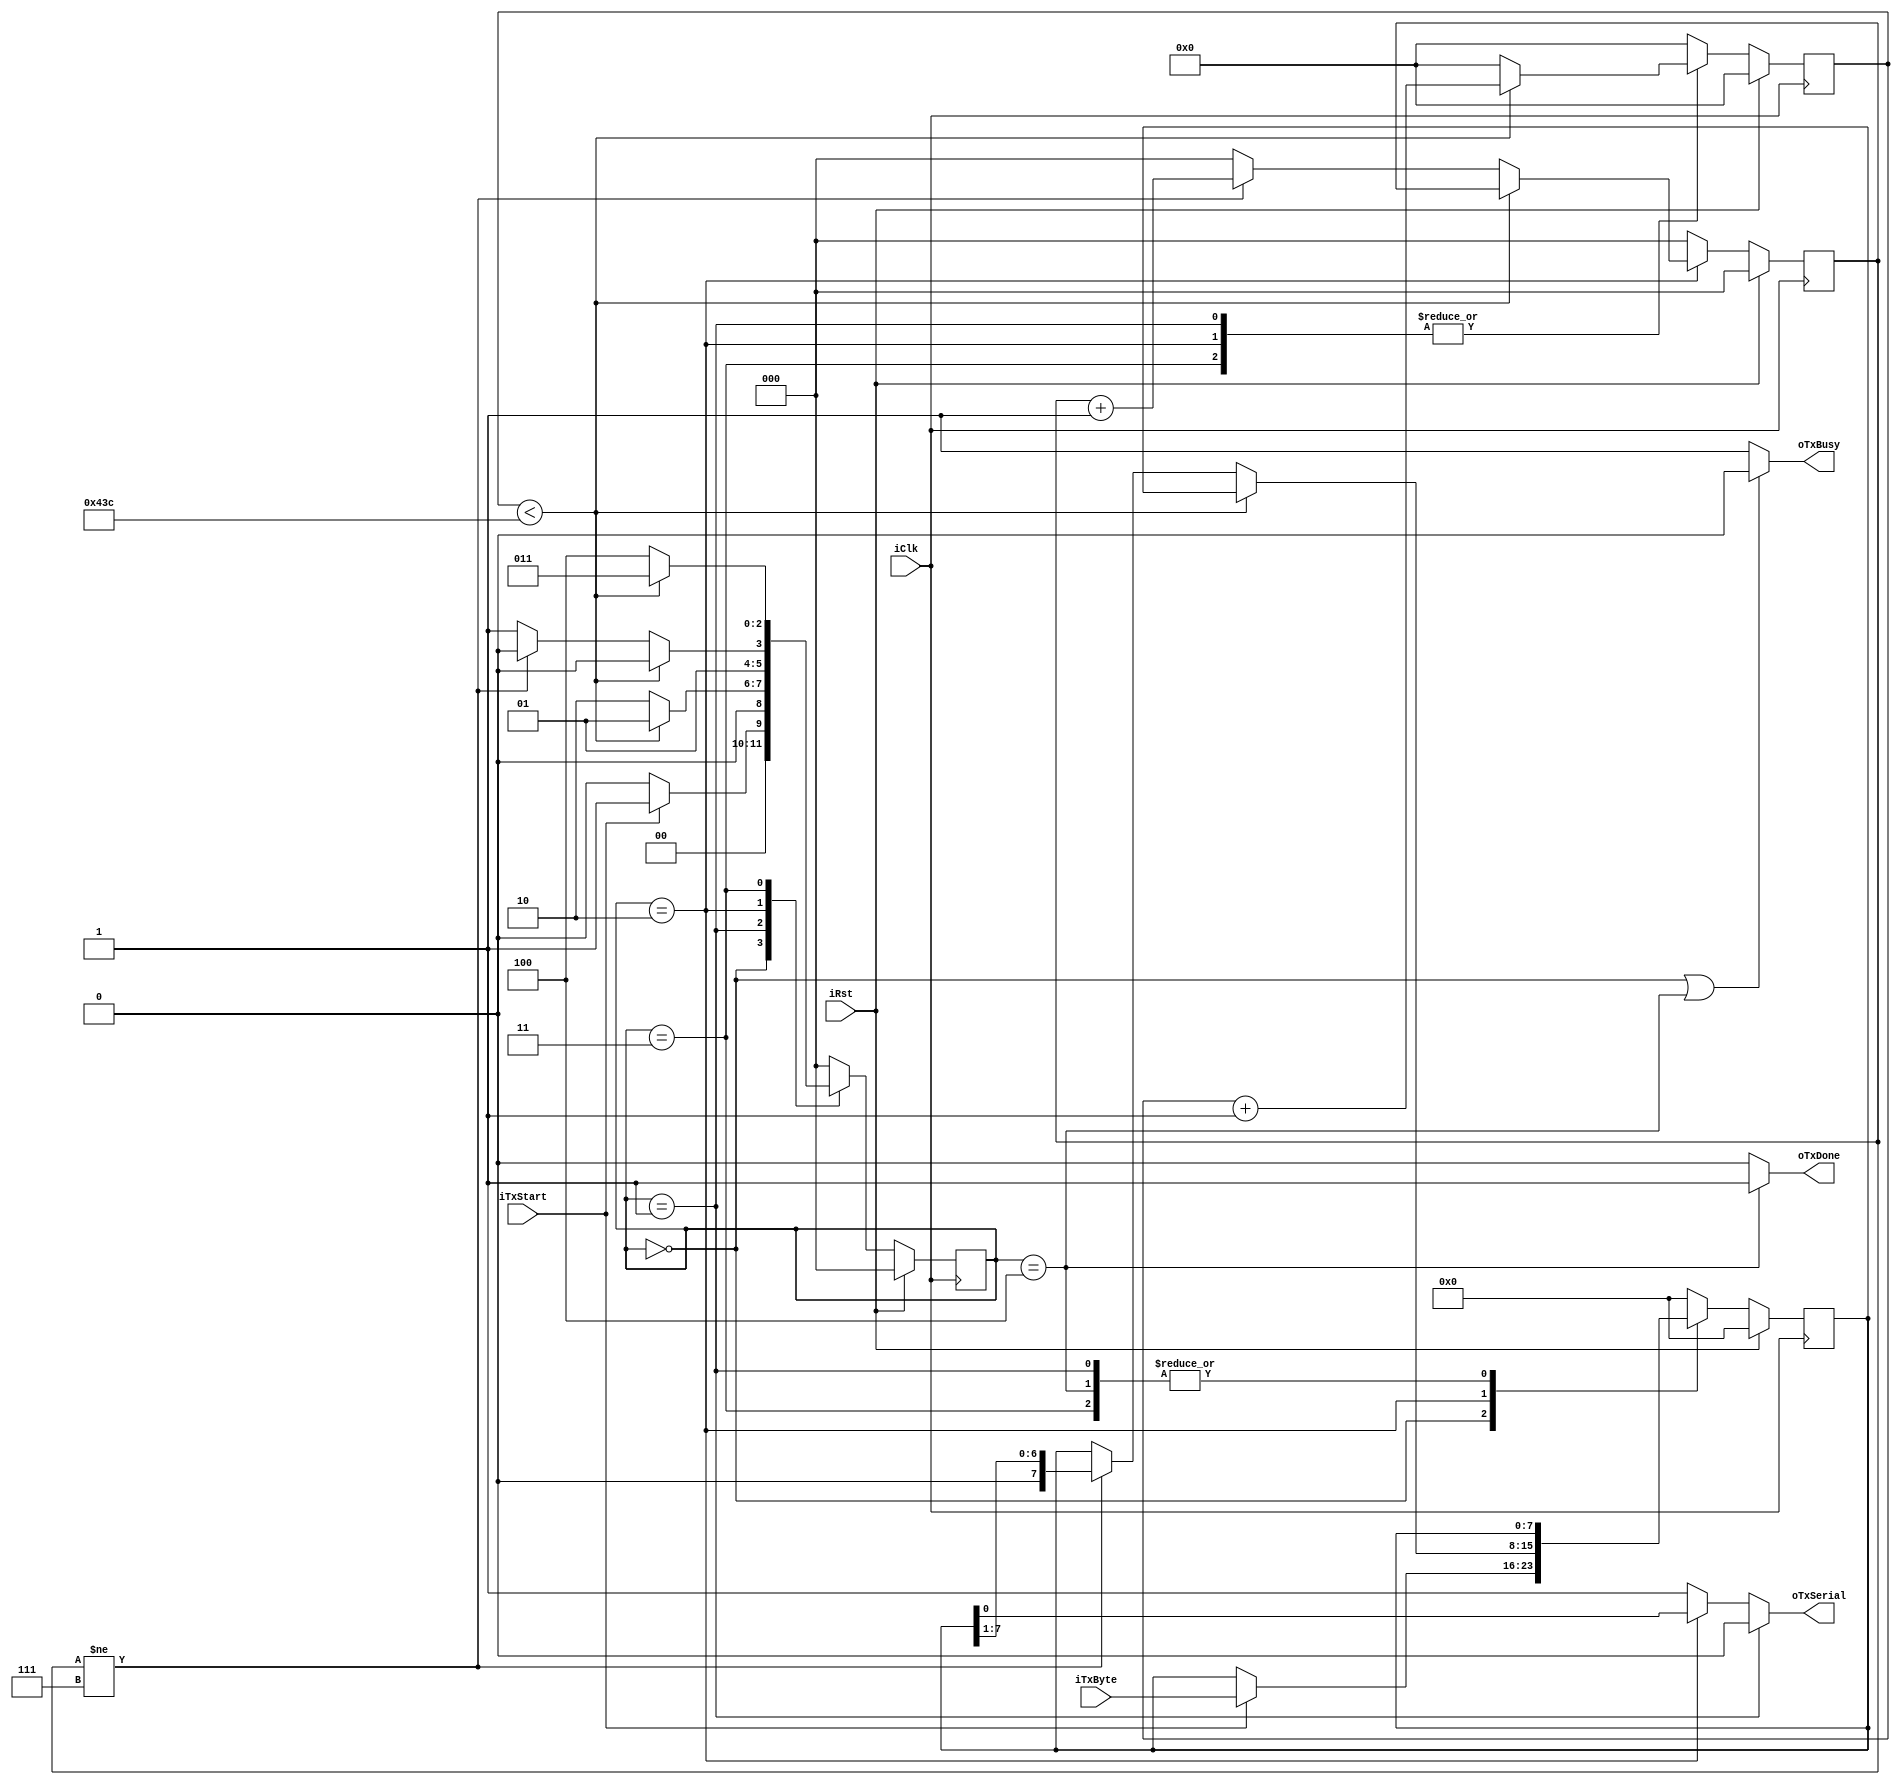
`timescale 1ns / 1ps

module uart_tx #(
    parameter   CLK_FREQ      = 125_000_000,
    parameter   BAUD_RATE     = 115_200,
    // Example: 125 MHz Clock / 115200 baud UART -> CLKS_PER_BIT = 1085 
    parameter   CLKS_PER_BIT  = CLK_FREQ / BAUD_RATE
  )
  (
   input wire       iClk, iRst,
   input wire       iTxStart,
   input wire [7:0] iTxByte, 
   output wire      oTxSerial,
   output wire      oTxBusy,
   output wire      oTxDone
   );
  
  // State definition  
  localparam sIDLE         = 3'b000;
  localparam sTX_START     = 3'b001;
  localparam sTX_DATA      = 3'b010;
  localparam sTX_STOP      = 3'b011;
  localparam sDONE         = 3'b100;
  
  // Register variables required to drive the FSM
  //---------------------------------------------
  // Remember:  -> 'current' is the register output
  //            -> 'next' is the register input
  
  // -> FSM state
  reg [2:0] rFSM_Current, wFSM_Next; 
  
  // -> counter to keep track of the clock cycles
  reg [$clog2(CLKS_PER_BIT):0]   rCnt_Current, wCnt_Next;
    
  // -> counter to keep track of sent bits
  // (between 0 and 7)
  reg [2:0] rBit_Current, wBit_Next;
  
  // -> the byte we want to send (we store an internal copy)
  reg [7:0] rTxData_Current, wTxData_Next;
  
  
  // Describe all previous registers
  //------------------------------------------ 
  // Needs to be done with a clocked always block 
  // Don't forget the synchronous reset (default state)
  
  always @(posedge iClk)
  begin
    if (iRst==1)
      begin
        rFSM_Current <= sIDLE;
        rCnt_Current <= 0;
        rBit_Current <= 0;
        rTxData_Current <= 0;
      end
    else
      begin
        rFSM_Current <= wFSM_Next;
        rCnt_Current <= wCnt_Next;
        rBit_Current <= wBit_Next;
        rTxData_Current <= wTxData_Next;
      end
  end
  
  // Next state logic
  //------------------------------------------ 
  // -> this is a COMBINATIONAL module, which specifies the next state 
  //    of the FSM and also the next value of the previous registers
  // -> to AVOID LATCHES, you need to make sure all the next register values
  //    ( rFSM_Next, rCnt_Next, rBit_Next, rTxData_Next)
  //    are defined for every possible condition
     
  always @(*)
    begin
      
      case (rFSM_Current)
      
        // IDLE STATE:
        // -> we simply wait here until iTxStart is asserted
        // -> when iTxStart is asserted, we copy the byte to send
        //    (iTxByte) into our local register (rTxData_Current)  
        //    and we are ready to start the frame transmission    
        sIDLE :
          begin
            wCnt_Next = 0;
            wBit_Next = 0;
             
            if (iTxStart == 1)
              begin
                wFSM_Next = sTX_START;
                wTxData_Next = iTxByte;//56 in this case   // copy the byte to send into rTxData_Current
              end
            else
             begin    
                wFSM_Next = sIDLE;
                wTxData_Next = rTxData_Current;
             end
          end 
           
        // TX_START STATE:
        // -> we stay here for the duration of the start bit,
        //    which takes CLKS_PER_BIT clock cycles
        // -> we use rCnt_Current to keep track of clock cycles 
        sTX_START :
            begin
              wTxData_Next = rTxData_Current;
              wBit_Next = 0;
               
              if (rCnt_Current < (CLKS_PER_BIT - 1) )
                begin
                  wFSM_Next = sTX_START;
                  wCnt_Next = rCnt_Current + 1;
                end
              else
                begin
                  wFSM_Next = sTX_DATA;
                  wCnt_Next = 0;
                end
            end 
           
           
          // TX_DATA STATE:
          // -> we stay here for the duration of the byte sending,
          //    which takes 8 * CLKS_PER_BIT clock cycles     
          // -> we use rCnt_Current to keep track of clock cycles 
          // -> we use rBit_Current to keep track of number of bits
        
          // -> when rBit_Current increases, we shift the contents of the
          //    rTxData_Current register
          // -> why? by doing so, the LSB of rTxData_Current contains the
          //    bit we need to send
          // -> see below, where oTxSerial is assigned the value of rTxData_Current[0]
          
          sTX_DATA :
            begin
              
              if (rCnt_Current < (CLKS_PER_BIT - 1) )
                begin
                  wFSM_Next = sTX_DATA;
                  wCnt_Next = rCnt_Current + 1;
                  wTxData_Next = rTxData_Current;
                  wBit_Next = rBit_Current;
                end
              else
                begin
                  wCnt_Next = 0;
                  
                  if (rBit_Current != 7)
                    begin
                      wFSM_Next = sTX_DATA;
                      wBit_Next = rBit_Current + 1;
                      wTxData_Next = { 1'b0, rTxData_Current[7:1] }; // shift rTxData_Current one bit to the right
                    end
                  else
                    begin
                      wFSM_Next = sTX_STOP;
                      wBit_Next = 0;
                      wTxData_Next = rTxData_Current;
                    end
                end
            end  
            
           
          // TX_STOP STATE:
          // -> we stay here for the duration of the stop bit,
          //    which takes CLKS_PER_BIT clock cycles
          // -> we use rCnt_Current to keep track of clock cycles 
          sTX_STOP :
            begin
              wTxData_Next = rTxData_Current;
              wBit_Next = 0;
               
              if (rCnt_Current < (CLKS_PER_BIT - 1) )
                begin
                  wFSM_Next = sTX_STOP;
                  wCnt_Next = rCnt_Current + 1;
                end
              else
                begin
                  wFSM_Next = sDONE;
                  wCnt_Next = 0;
                end
            end 
           
           
          // DONE STATE:
          // -> we stay here 1 clock cycle, we will use this state
          //    to assert the output oDone 
          sDONE :
            begin
              wTxData_Next = rTxData_Current;
              wBit_Next = 0;
              wCnt_Next = 0;
              wFSM_Next = sIDLE;
            end
           
           
          default :
            begin
              wFSM_Next = sIDLE;
              wCnt_Next = 0;
              wBit_Next = 0;
              wTxData_Next = 0;
            end 
        endcase
    end
 
  // 3. Output logic
  //------------------------------------------ 
  // -> these are COMBINATIONAL circuits, which specify the value of
  //    the outputs, based on the current state of the registers used
  //    in the FSM
  
  
  // Output oTxSerial : easiest is to define it with a combinational
  //  always block
  //  -> it is '1' by default
  //  -> it is '0' during the start bit
  //  -> it is rTxData_Current[0] during the sending of bits
  //  -> it is '1' during the stop bit
  reg rTxSerial;
  
  always @(*)
  begin
    if (rFSM_Current == sTX_START)
      rTxSerial = 0;
    else if (rFSM_Current == sTX_DATA)
      rTxSerial = rTxData_Current[0];
    else
      rTxSerial = 1;
  end
  
  assign oTxSerial = rTxSerial;
  
  // Output oTxBusy : easiest is to define it with a simple
  // continuous assignment
  //  -> it is '0' when FSM in sIDLE or sDONE
  //  -> it is '1' otherwise
  
  assign oTxBusy = ( (rFSM_Current == sIDLE) || (rFSM_Current == sDONE) ) ? 0 : 1;
  
  // Output oTxDone : easiest is to define it with a simple
  // continuous assignment
  //  -> it is '0' by default
  //  -> it is '1' during sDONE
  
  assign oTxDone = (rFSM_Current == sDONE) ? 1 : 0;
   
endmodule